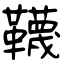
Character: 韈